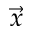
\vec { x }